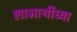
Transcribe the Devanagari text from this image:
लाभार्थीच्या